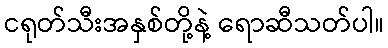
ငရုတ်သီးအနှစ်တို့နဲ့ ရောဆီသတ်ပါ။